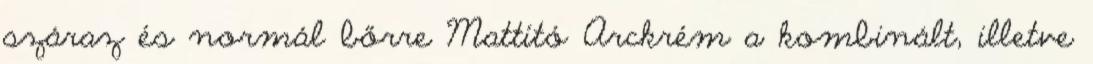
száraz és normál bőrre Mattító Arckrém a kombinált, illetve